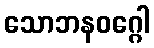
သောဘနဝဂ္ဂေါ